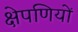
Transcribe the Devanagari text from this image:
क्षेपणियों